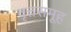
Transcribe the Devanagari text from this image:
वृत्तसमूह